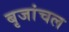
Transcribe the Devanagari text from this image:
बृजांचल